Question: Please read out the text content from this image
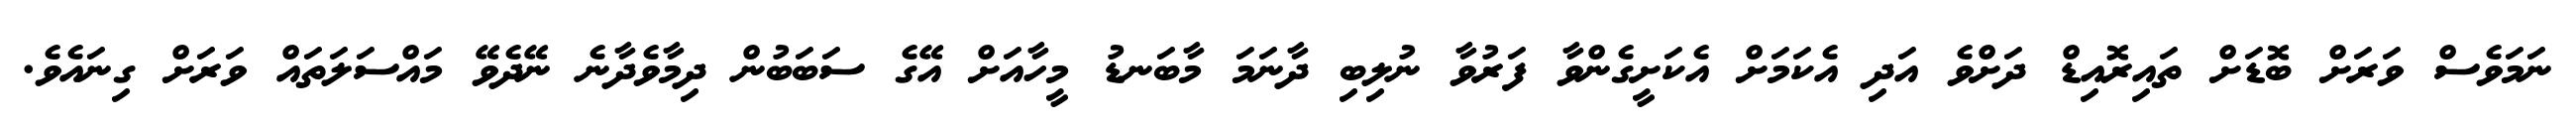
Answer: ނަމަވެސް ވަރަށް ބޮޑަށް ތައިރޮއިޑް ދަށްވެ އަދި އެކަމަށް އެކަށީގެންވާ ފަރުވާ ނުލިބި ދާނަމަ މާބަނޑު މީހާއަށް އޭގެ ސަބަބުން ދިމާވެދާނެ ނޭދެވޭ މައްސަލަތައް ވަރަށް ގިނައެވެ.